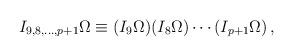
LaTeX: \begin{align*}I_{9,8,\ldots ,p+1} \Omega\equiv (I_9\Omega )(I_8\Omega )\cdots (I_{p+1}\Omega )\,, \end{align*}